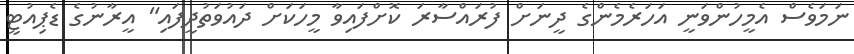
ނަމަވެސް އެމީހުންވަނީ އަހަރެމެންގެ ދީނަށް ފުރައްސާރަ ކޮށްފައިވާ މީހަކަށް ދައުވަތުދީފައި" އީރާނުގެ ޑެޕިއުޓީ